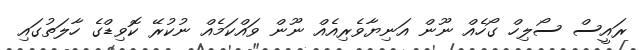
ރައީސް ސޯލިހް ގޯހެއް ނޫން އަނިޔާވެރިއެއް ނޫން ވައްކަމެއް ނުކުރޭ ކޮވިޑްގެ ހާލަތުގައި